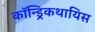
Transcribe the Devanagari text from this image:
कॉन्ड्रिकथायिस